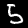
Label: 5